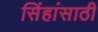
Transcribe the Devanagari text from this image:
सिंहांसाठी